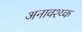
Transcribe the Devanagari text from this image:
अनावश्य्क